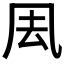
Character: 𠘾